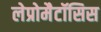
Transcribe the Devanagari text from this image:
लेप्रोमैटॉसिस